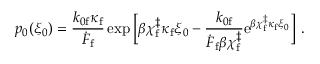
p _ { 0 } ( \xi _ { 0 } ) = \frac { k _ { 0 \mathrm { f } } \kappa _ { \mathrm { f } } } { \dot { F } _ { \mathrm { f } } } \exp { \Big [ \beta \chi _ { \mathrm { f } } ^ { \ddag } \kappa _ { \mathrm { f } } \xi _ { 0 } - \frac { k _ { 0 \mathrm { f } } } { \dot { F } _ { \mathrm { f } } \beta \chi _ { \mathrm { f } } ^ { \ddag } } \mathrm { e } ^ { \beta \chi _ { \mathrm { f } } ^ { \ddag } \kappa _ { \mathrm { f } } \xi _ { 0 } } \Big ] } ~ .